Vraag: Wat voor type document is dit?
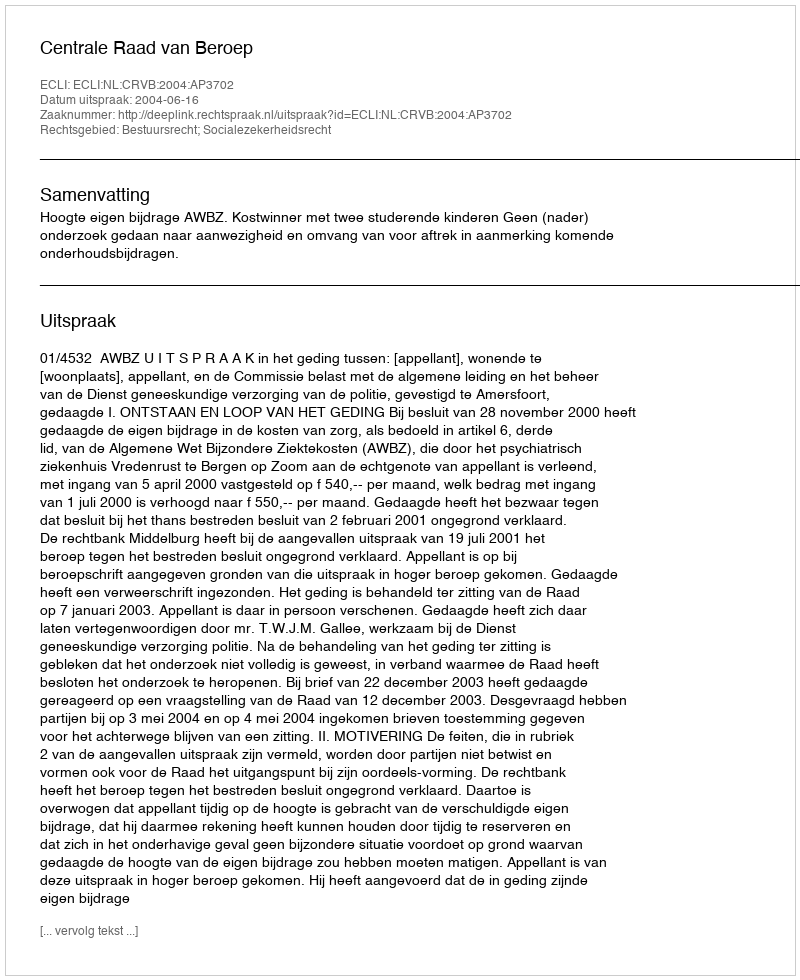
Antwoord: Uitspraak